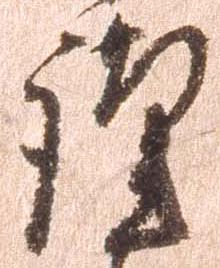
謹